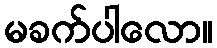
မခက်ပါလော။